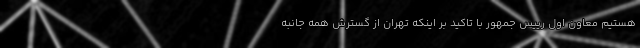
هستیم معاون اول رییس جمهور با تاکید بر اینکه تهران از گسترش همه جانبه